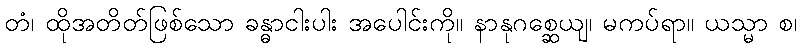
တံ၊ ထိုအတိတ်ဖြစ်သော ခန္ဓာငါးပါး အပေါင်းကို။ နာနုဂစ္ဆေယျ၊ မကပ်ရာ။ ယသ္မာ စ၊